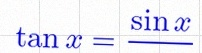
\tan x=\frac{\sin x}{\cos x}